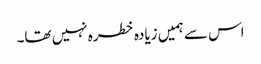
اس سے ہمیں زیادہ خطرہ نہیں تھا۔